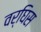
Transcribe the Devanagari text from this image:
वर्घिस